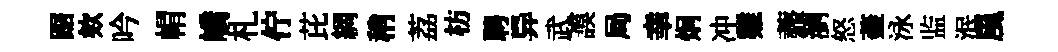
踞欸吟㡌嶠札佇芘綢稍荔枋聘异武謨局𦍒炯冲雞虀瀏怒蓋泳监泯風